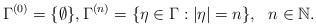
LaTeX: \begin{align*} \Gamma^{(0)} = \{ \emptyset\}, \Gamma^{(n)} = \{\eta \in \Gamma: |\eta| = n \}, \ \ n\in \mathbb{N}.\end{align*}